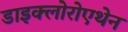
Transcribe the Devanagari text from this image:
डाइक्लोरोएथेन